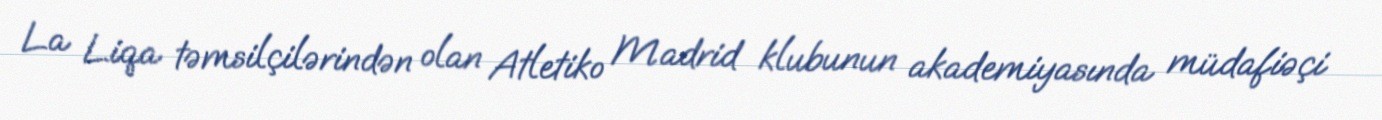
La Liqa təmsilçilərindən olan Atletiko Madrid klubunun akademiyasında müdafiəçi